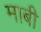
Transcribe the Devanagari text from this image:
माबी